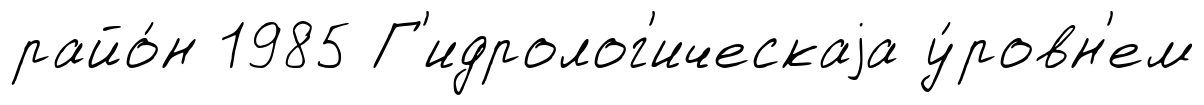
райо́н 1985 Г'идролог'ическаjа у́ровн'ем